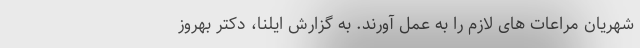
شهریان مراعات های لازم را به عمل آورند. به گزارش ایلنا، دکتر بهروز